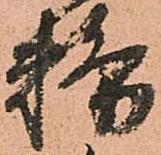
務